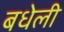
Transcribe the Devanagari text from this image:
बधेली